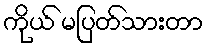
ကိုယ် မပြတ်သားတာ